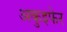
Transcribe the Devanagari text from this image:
अकुइफेर